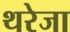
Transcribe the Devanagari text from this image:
थरेजा